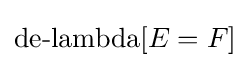
\operatorname {de-lambda} [E=F]